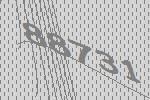
88731